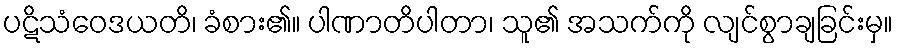
ပဋိသံဝေဒယတိ၊ ခံစား၏။ ပါဏာတိပါတာ၊ သူ၏ အသက်ကို လျင်စွာချခြင်းမှ။